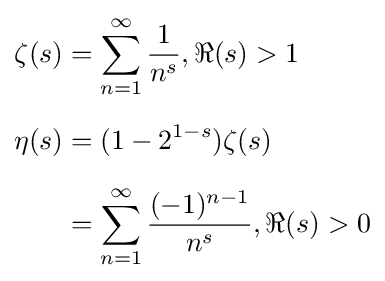
{\begin{aligned}\zeta (s)&=\sum _{n=1}^{\infty }{\frac {1}{n^{s}}},\Re (s)>1\\[6pt]\eta (s)&=(1-2^{1-s})\zeta (s)\\[6pt]&=\sum _{n=1}^{\infty }{\frac {(-1)^{n-1}}{n^{s}}},\Re (s)>0\end{aligned}}